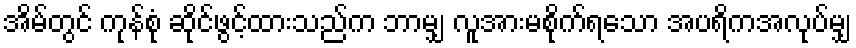
အိမ်တွင် ကုန်စုံ ဆိုင်ဖွင့်ထားသည်က ဘာမျှ လူအားမစိုက်ရသော အပရိကအလုပ်မျှ